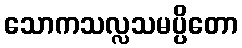
သောကသလ္လသမပ္ပိတော